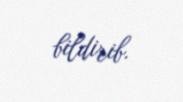
bildirib.